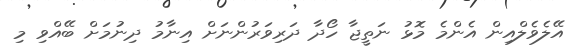
އޭލެވެލްއިން އެންމެ މޮޅު ނަތީޖާ ހޯދާ ދަރިވަރުންނަށް އިނާމު ދިނުމަށް ބޭއްވި މި